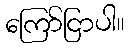
ကြော်ငြာပါ။